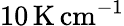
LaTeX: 10\, \mathrm{K\, cm^{-1}}